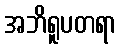
အဘိရူပတရာ